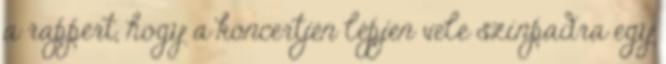
a rappert, hogy a koncertjén lépjen vele színpadra egy